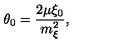
\: \theta _ { 0 } = \frac { 2 \mu \xi _ { 0 } } { m _ { \xi } ^ { 2 } } , \: